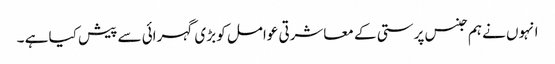
انہوں نے ہم جنس پرستی کے معاشرتی عوامل کو بڑی گہرائی سے پیش کیا ہے ۔